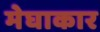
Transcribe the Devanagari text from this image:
मेघाकार